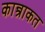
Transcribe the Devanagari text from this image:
कान्त्राकत